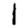
Digit: 1